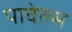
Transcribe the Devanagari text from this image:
पावेल्स